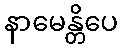
နာမေန္တိပေ